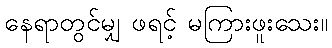
နေရာတွင်မျှ ဖရင့် မကြားဖူးသေး။